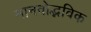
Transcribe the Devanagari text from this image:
मानवोद्भविक